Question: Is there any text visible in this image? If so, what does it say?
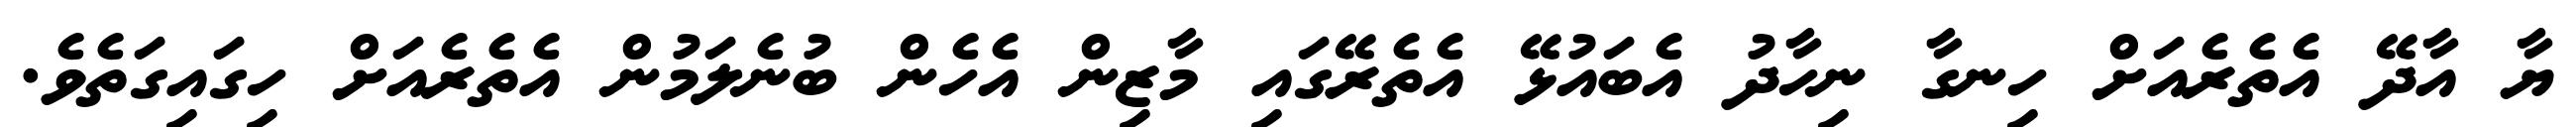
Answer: ޔާ އާދޭ އެތެރެއަށް ހިނގާ ނިހާދު އެބައުޅޭ އެތެރޭގައި މާޒިން އެހެން ބުނެލަމުން އެތެރެއަށް ހިގައިގަތެވެ.